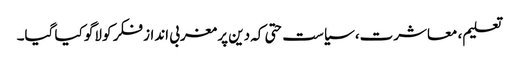
تعلیم، معاشرت، سیاست حتی کہ دین پر مغربی انداز فکر کو لاگو کیا گیا۔